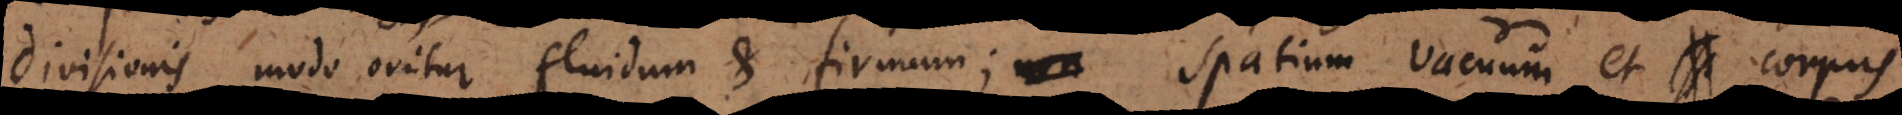
divisionis modo oritur fluidum et firmum; spatium vacuum et corpus